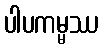
ပါပကမ္မဿ